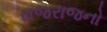
રાજરાજનો